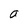
Character: I